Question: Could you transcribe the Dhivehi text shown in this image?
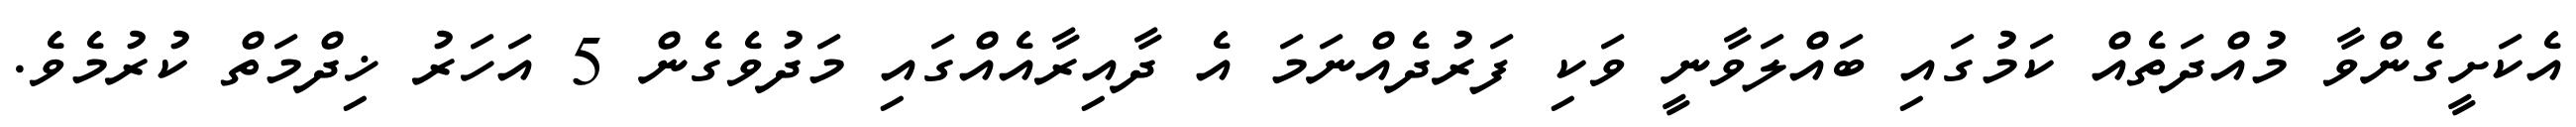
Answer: އެކަށީގެންވާ މުއްދަތެއް ކަމުގައި ބައްލަވާނީ ވަކި ފަރުދެއްނަމަ އެ ދާއިރާއެއްގައި މަދުވެގެން 5 އަހަރު ޚިދްމަތް ކުރުމެވެ.